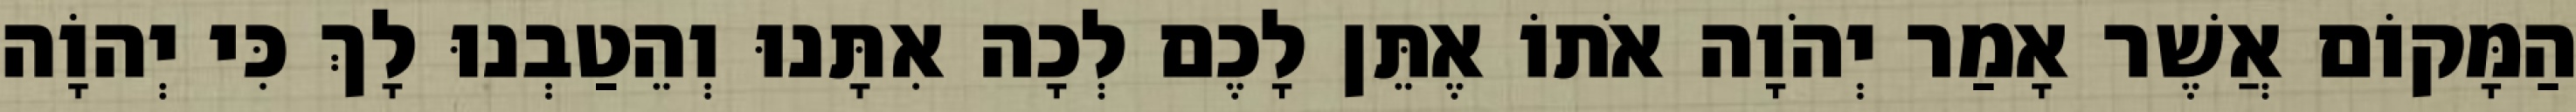
הַמָּקוֹם אֲשֶׁר אָמַר יְהֹוָה אֹתוֹ אֶתֵּן לָכֶם לְכָה אִתָּנוּ וְהֵטַבְנוּ לָךְ כִּי יְהוָֹה